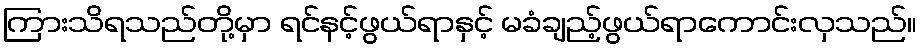
ကြားသိရသည်တို့မှာ ရင်နင့်ဖွယ်ရာနှင့် မခံချည့်ဖွယ်ရာကောင်းလှသည်။